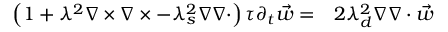
\begin{array} { r l } { \left( 1 + \lambda ^ { 2 } \nabla \times \nabla \times - \lambda _ { s } ^ { 2 } \nabla \nabla \cdot \right) \tau \partial _ { t } \vec { w } = } & { { } 2 \lambda _ { d } ^ { 2 } \nabla \nabla \cdot \vec { w } } \end{array}